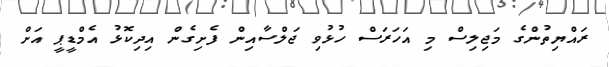
ރައްޔިތުންގެ މަޖިލިސް މި އަހަރަސް ހުޅުވި ޖަލްސާއިން ފެށިގެން އިދިކޮޅު އެމްޑީޕީ އަށް